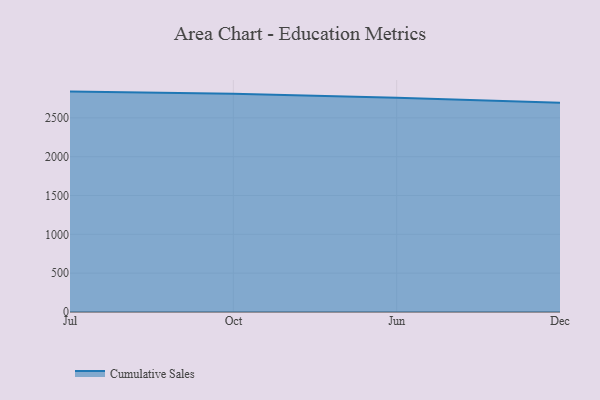
{"axis": {"x": "Month", "y": "Shipments"}, "legend": ["Cumulative Sales"], "data": [{"x": "Jul", "y": 2838.1, "type": "Cumulative Sales"}, {"x": "Oct", "y": 2810.1, "type": "Cumulative Sales"}, {"x": "Jun", "y": 2760.5, "type": "Cumulative Sales"}, {"x": "Dec", "y": 2693.5, "type": "Cumulative Sales"}]}